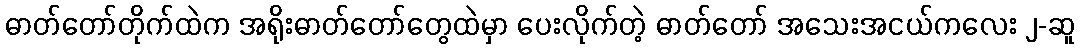
ဓာတ်တော်တိုက်ထဲက အရိုးဓာတ်တော်တွေထဲမှာ ပေးလိုက်တဲ့ ဓာတ်တော် အသေးအငယ်ကလေး ၂-ဆူ